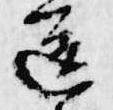
送